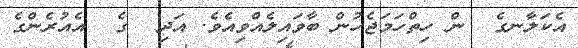
އެކަލާނގެ  ން ހިތްހަމަޖެހުން ބާވައިލެއްވިއެވެ. އަދި  ގެ  އެއުރެންގެ